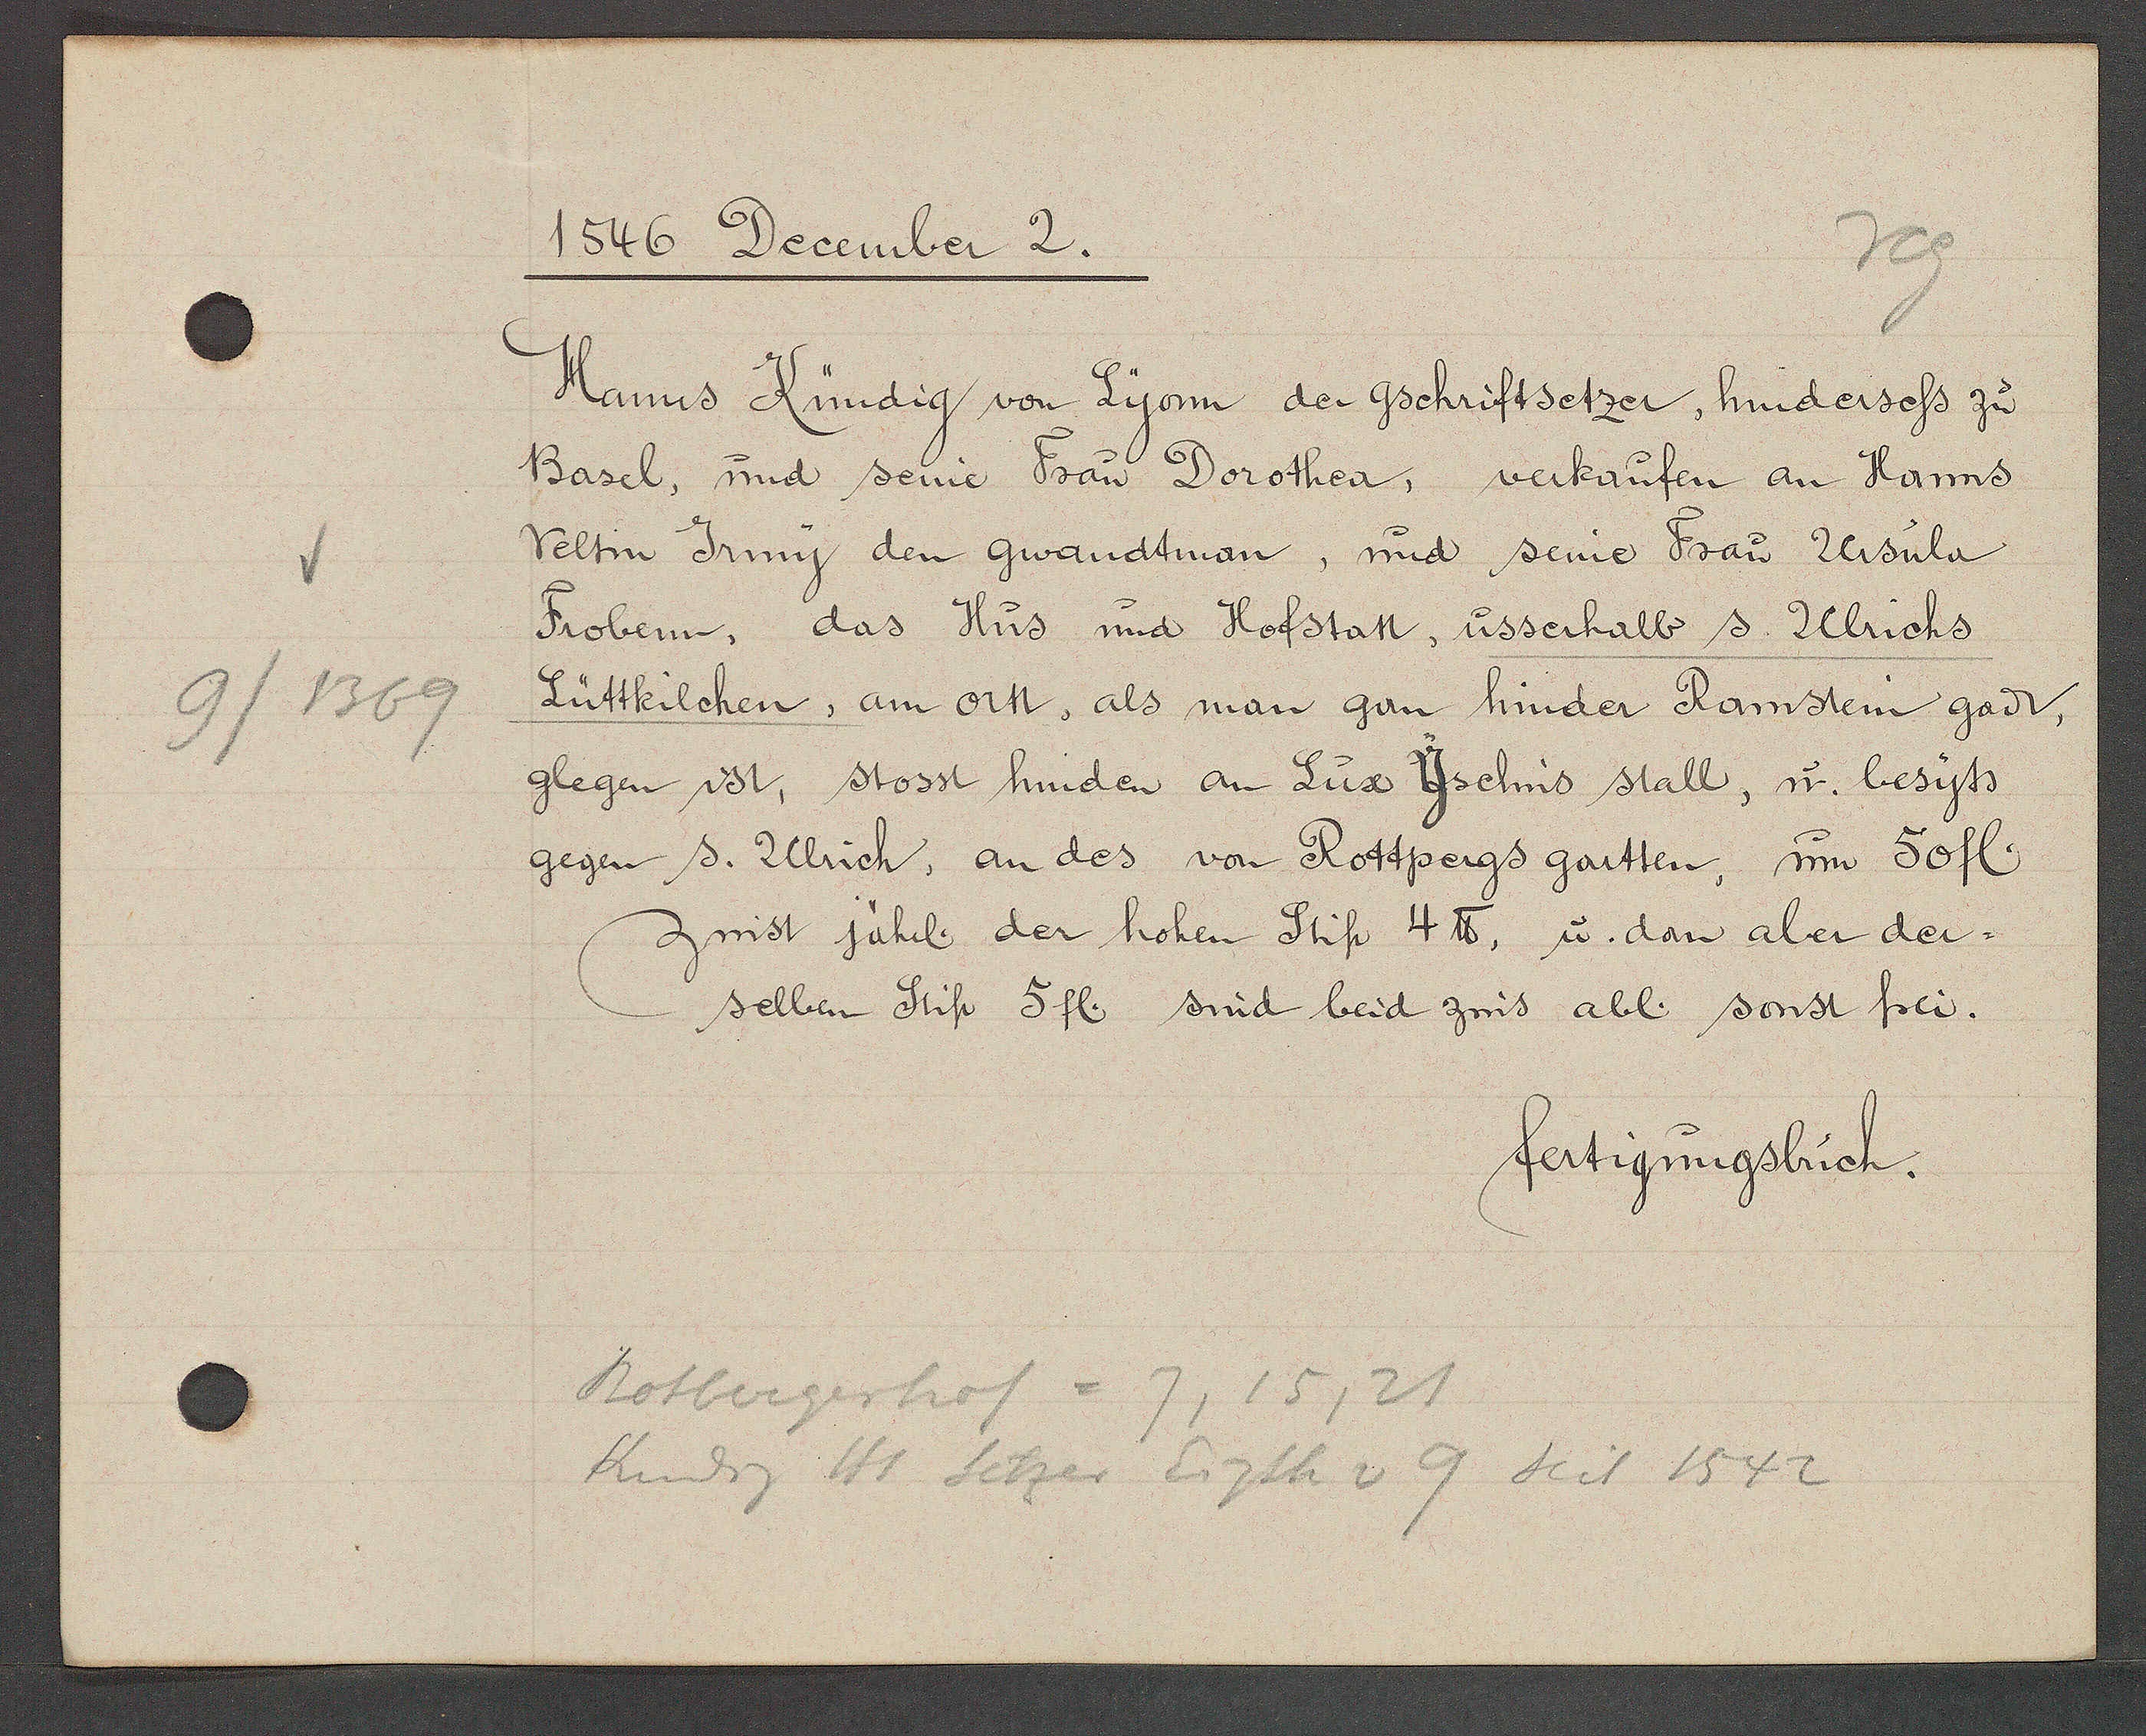
Transcript:
9/1369

1546 December 2.

Hanns Kündig von Lyon der gschriftsetzer, hindersess zu
Basel, und seine Frau Dorothea, verkaufen an Hanns
Veltin Jrmy den gwandtman, und seine Frau Ursula
Frobem, das Hus und Hofstatt, usserhalb s. Ulrichs
Lüttkilchen, am ortt, als man gan hinder Ramstein gadt,
glegen ist, stosst hinden an Lux Yselins stall, u. besyts
gegen s. Ulrich, an des von Rottpergs gartten, um 50 fl.
zinst jährl. der hohen Stift 4 ℔, u. dan aber der¬
selben Stift 5 fl. sind beid zins abl. sonst frei.

fertigungsbuch.

Rotbergerhof
7,15, 21
Kundig Hs Setzer Eigth v 9 seit 1542